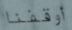
أوقفنا